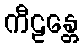
ကီဠန္တေ